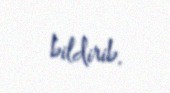
bildirib.